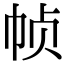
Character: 帧